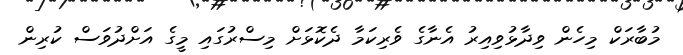
މުބާރަކް މިހެން ވިދާޅުވިއިރު އެނާގެ ވެރިކަމާ ދެކޮޅަށް މިސްރުގައި މީގެ އަށްދުވަސް ކުރިން